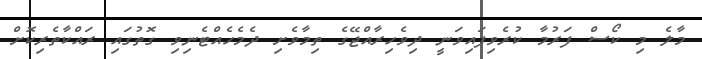
މާލެ މި ކޯސް ފަރުމާ ކުރެވިފައިވަނީ ދިވެހިރާއްޖޭގެ ތިމާވެށި ދެމެހެއްޓެނިވި ގޮތުގައި ރައްކާތެރިކޮށް